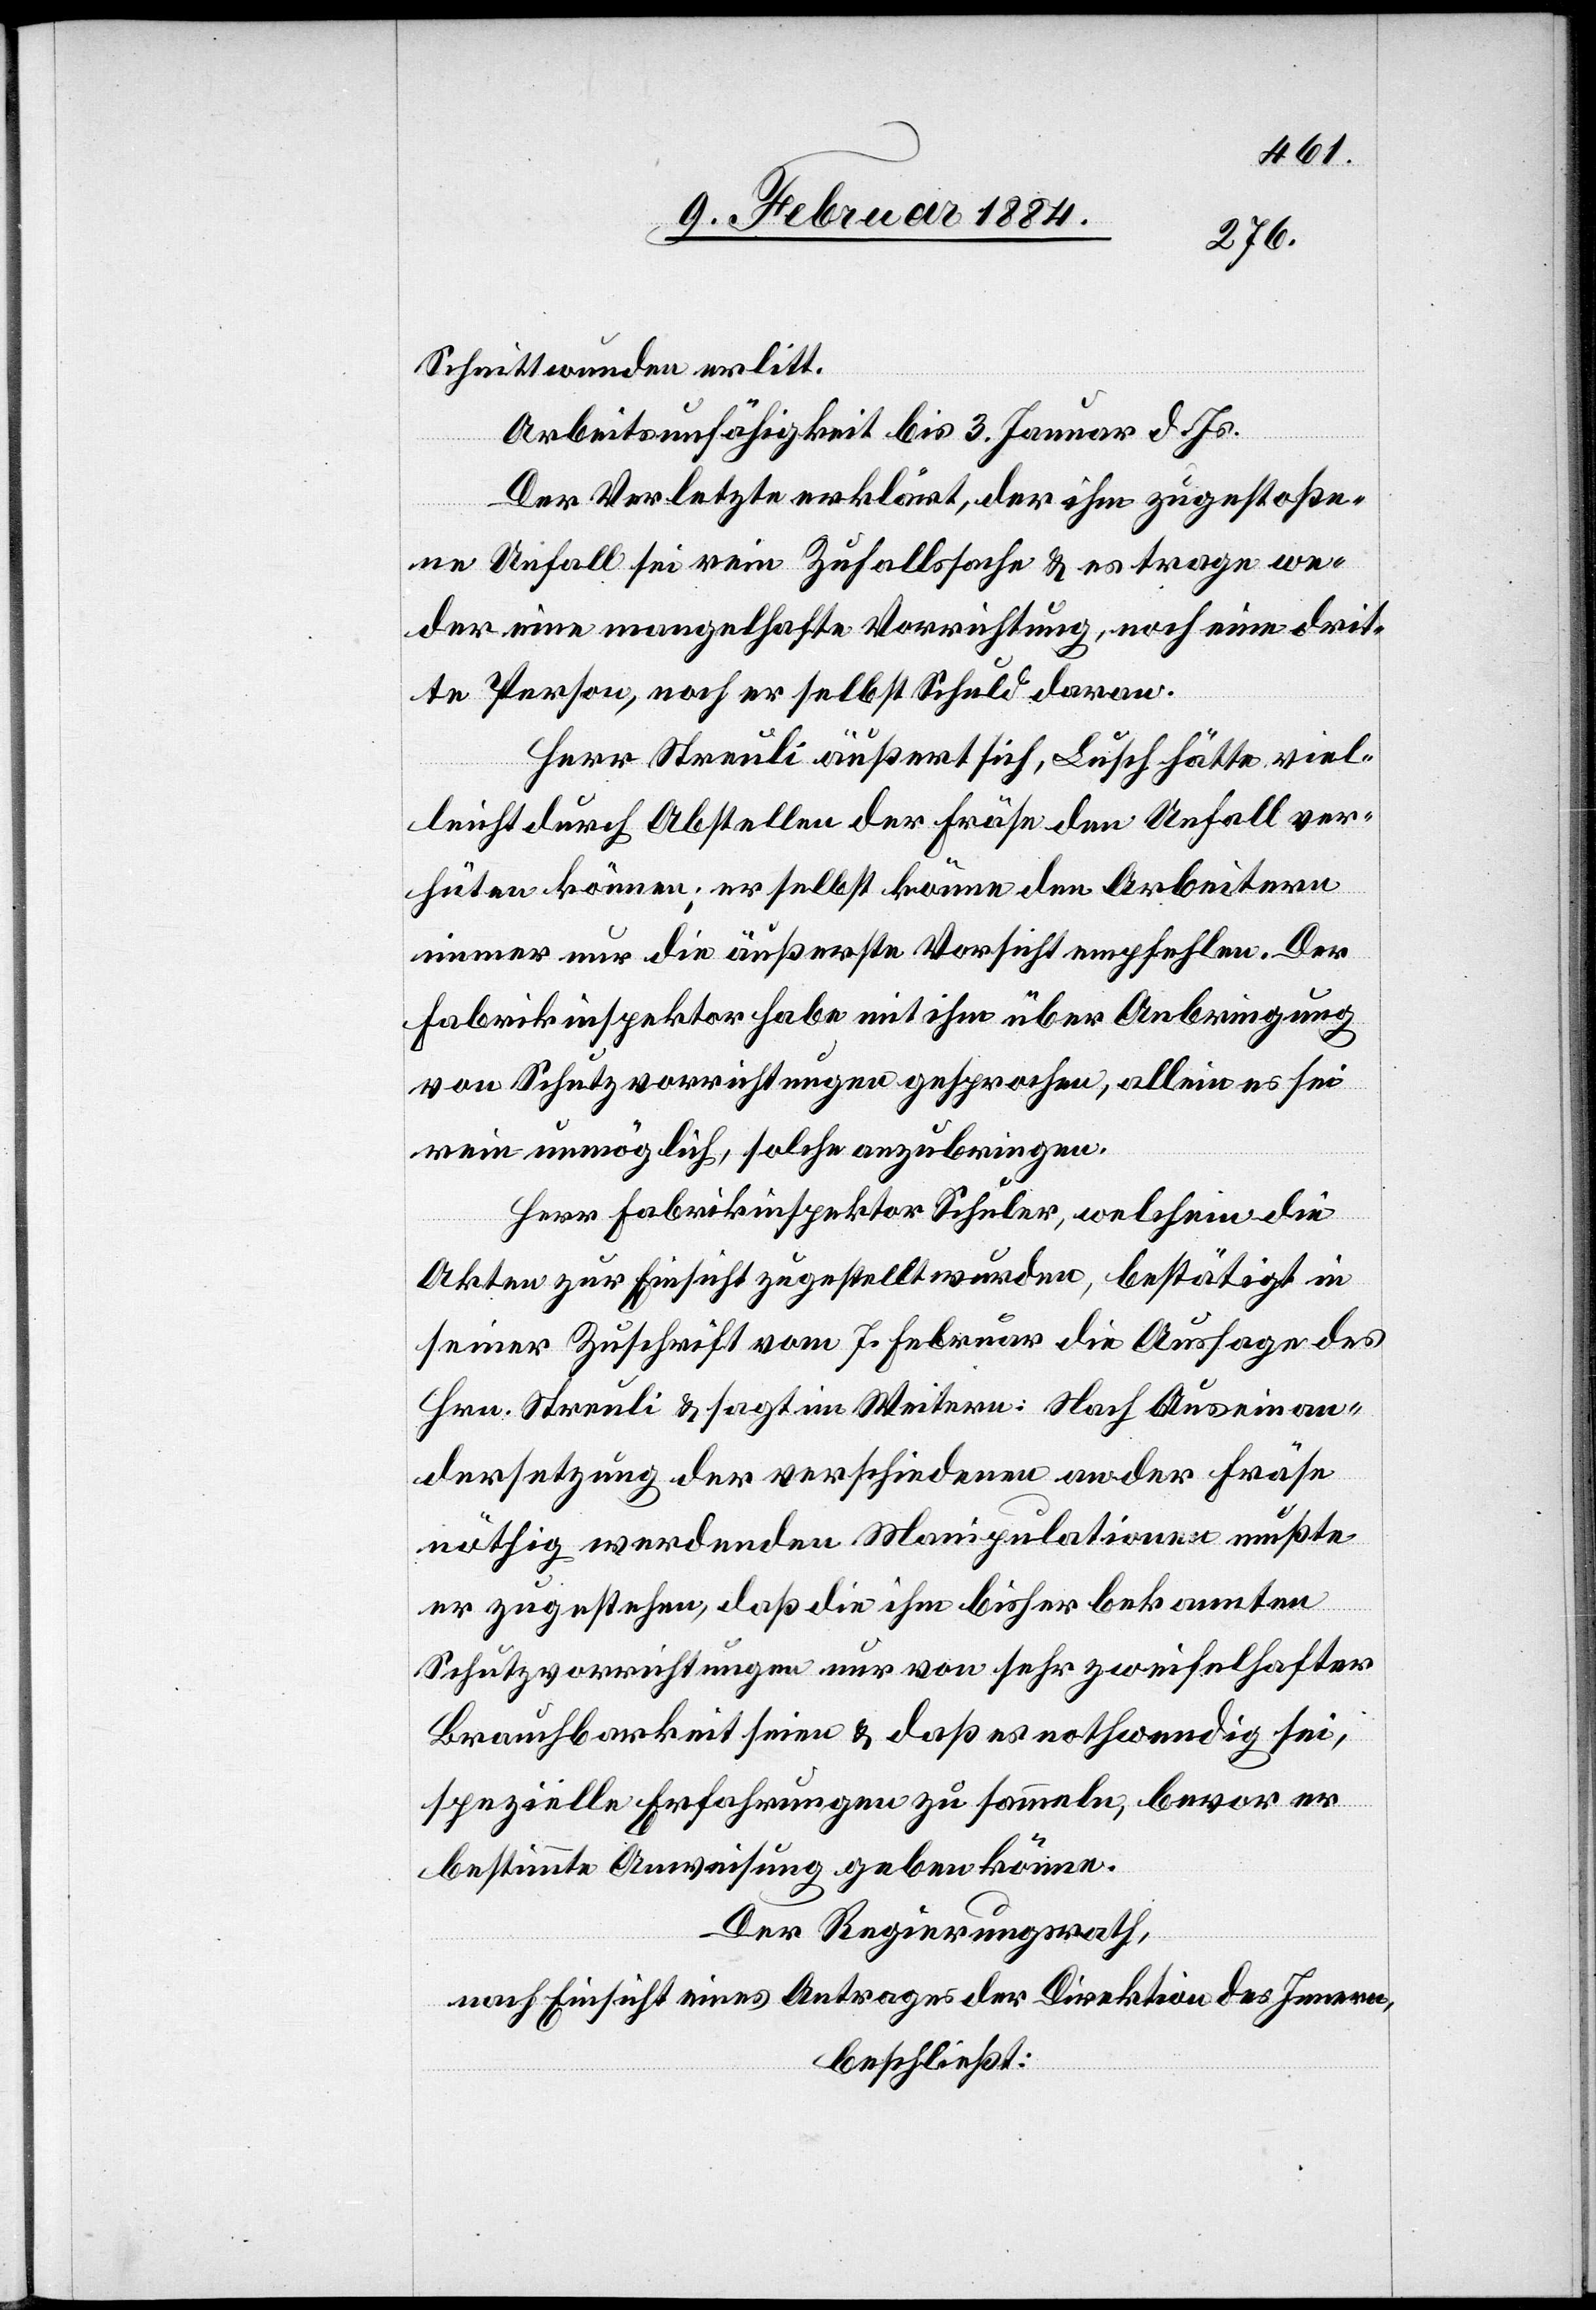
Schnittwunden erlitt.
Arbeitsunfähigkeit bis 3. Januar d. Js.
Der Verletzte erklärt, der ihm zugestoße¬
ne Unfall sei rein Zufallssache & es trage we¬
der eine mangelhafte Vorrichtung, noch eine drit¬
te Person, noch er selbst Schuld daran.
Herr Streuli äußert sich, Lusch hätte viel¬
leicht durch Abstellen der Fräse den Unfall ver¬
hüten können; er selbst könne den Arbeitern
immer nur die äußerste Vorsicht empfehlen. Der
Fabrikinspektor habe mit ihm über Anbringung
von Schutzvorrichtungen gesprochen, allein es sei
rein unmöglich, solche anzubringen.
Herr Fabrikinspektor Schuler, welchem die
Akten zur Einsicht zugestellt wurden, bestätigt in
seiner Zuschrift vom 7. Februar die Aussage des
Hrn. Streuli & sagt im Weitern: Nach Auseinan¬
dersetzung der verschiedenen an der Fräse
nöthig werdenden Manipulationen mußte
er zugestehen, daß die ihm bisher bekannten
Schutzvorrichtungen nur von sehr zweifelhafter
Brauchbarkeit seien & daß es nothwendig sei,
spezielle Erfahrungen zu sammeln, bevor er
bestimmte Anweisungen geben könne.
Der Regierungsrath,
nach Einsicht eines Antrages der Direktion des Innern,
beschließt: